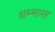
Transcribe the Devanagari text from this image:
धम्मास